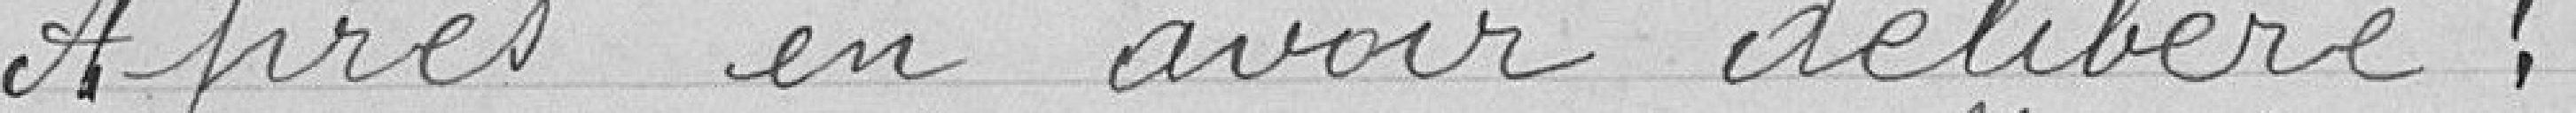
Après en avoir délibéré :